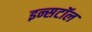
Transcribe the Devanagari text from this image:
इन्सटॉल